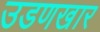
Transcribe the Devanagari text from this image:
उडणखार